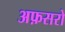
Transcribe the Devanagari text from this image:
अफ़सरो